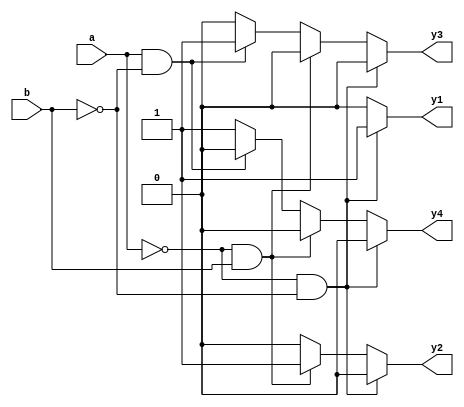
`timescale 1ns / 1ps
module behavioural_decoder2x4(a,b,y1,y2,y3,y4);
input a,b;
output y1,y2,y3,y4;
reg y1,y2,y3,y4;
always@(*)
begin
	y1=0;y2=0;y3=0;y4=0;
	if(a==0 && b==0)
		y1=1;
	else if(a==0 && b==1)
		y2=1;
	else if(a==1 && b==0)
		y3=1;
	else
		y4=1;
end
endmodule